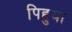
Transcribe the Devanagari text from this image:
पिहुया